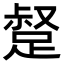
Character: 𮛣